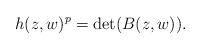
LaTeX: \begin{align*}h(z,w)^p = \det(B(z,w)).\end{align*}